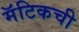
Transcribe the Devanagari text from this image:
मॅटिकची